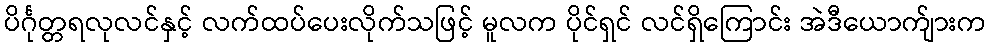
ပိင်္ဂုတ္တရလုလင်နှင့် လက်ထပ်ပေးလိုက်သဖြင့် မူလက ပိုင်ရှင် လင်ရှိကြောင်း အဲဒီယောက်ျားက